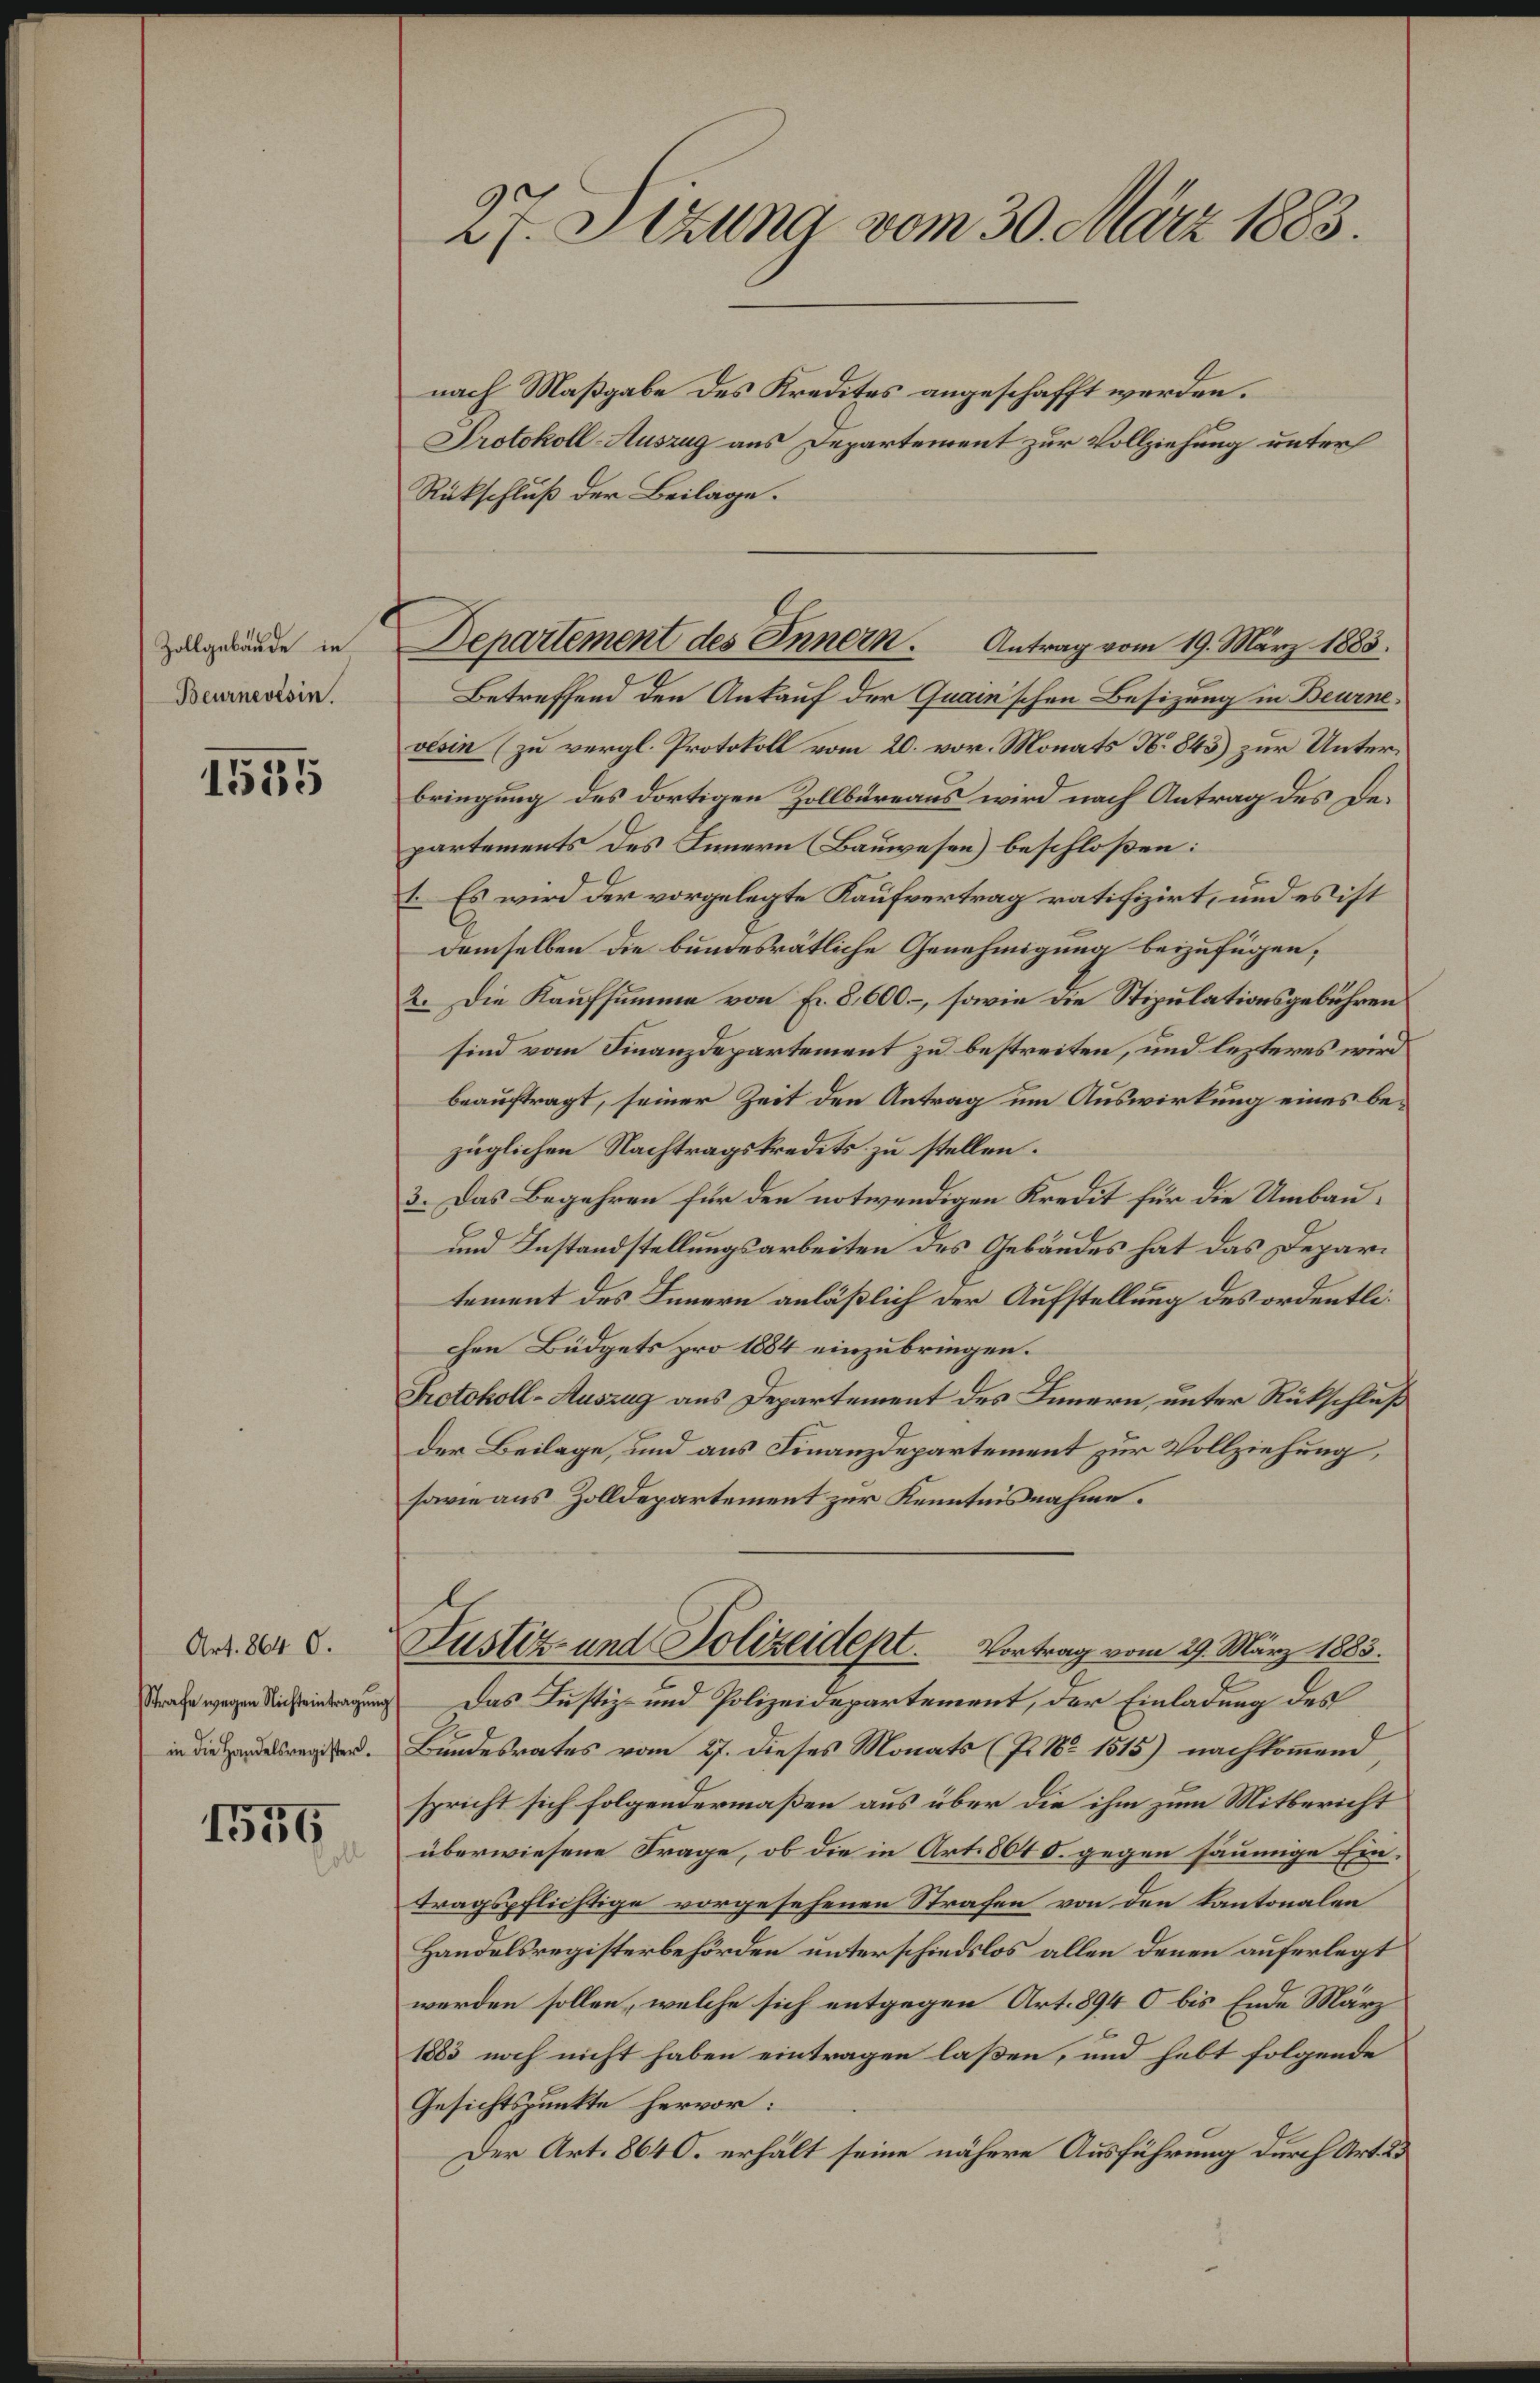
Zollgebäude in
Beurnevesin.

1535

e

Art. 864 0.
Strafe wegen Nichteintragung
in die Handelsregister.

1556

27. Sezung vom 30. März 1883.

nach Maßgabe des Kredites angeschafft werden.
Protokoll-Auszug aus Departement zur Vollziehung unter
Rückschluß der Beilage.
Betreffend den Ankauf der Quaischen Besizung in Beurnevesin (zu vergl. Protokoll vom 20. vor. Monats N. 845) zur Unterbringung des dortigen Zollbüreaus wird nach Antrag des Departements des Innern (Bauwesen) beschloßen:
I. Es wird der vorgelegte Kaufvertrag ratifizirt, und es ist
demselben die bundesrätliche Genehmigung beizufügen;
2. Die Kaufsumme von Fr. 8600. –, sowie die Stipulationsgebühren
sind vom Finanzdepartement zu bestreiten, und lezteres wird
beauftragt, seiner Zeit den Antrag um Auswirkung eines bezüglichen Nachtragskredits zu stellen.
3. Das Begehren für den notwendigen Kredit für die Umbau¬
und Instandstellungsarbeiten des Gebäudes hat das Depari
tement des Innern anläßlich der Aufstellung des ordentlichen Büdgets pro 1884 einzubringen.
Protokoll-Auszug aus Departement des Innern, unter Rückschluß
der Beilage, und aus Finanzdepartement zur Vollziehung,
sowie aus Zolldepartement zur Kenntnisnahme.
Justiz- und Polizeidept. Vortrag vom 29. März 1883.
Das Justiz- und Polizeidepartement, der Einladung des
Bundesrates vom 27. dieses Monats (P. Nr. 1515) nachkommend,
spricht sich folgendermaßen aus über die ihm zum Mitbericht
überwiesene Frage, ob die in Art. 8645. gegen säumige Eintragspflichtige vorgesehenen Strafen von den Kantonalen
Handelsregisterbehörden unterschiedslos allen denen auferlegt
werden sollen, welche sich entgegen Art. 894 0 bis Ende März
1883 noch nicht haben eintragen laßen, und habt folgende
Gesichtspunkte hervor:
Der Art. 8640. erhält seine nähere Ausführung durch Art. 2

Departement des Innern. Antrag vom 19. März 1883.